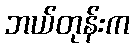
ဘယ်တုန်းက